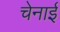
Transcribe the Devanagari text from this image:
चेनाई